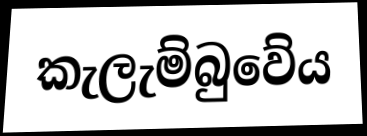
කැලැම්බුවේය